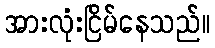
အားလုံးငြိမ်နေသည်။